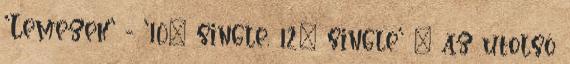
'Lemezek' - '10" single, 12" single' » az utolsó